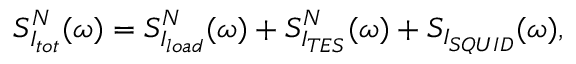
S _ { I _ { t o t } } ^ { N } ( \omega ) = S _ { I _ { l o a d } } ^ { N } ( \omega ) + S _ { I _ { T E S } } ^ { N } ( \omega ) + S _ { I _ { S Q U I D } } ( \omega ) ,